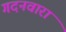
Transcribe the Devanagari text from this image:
गदनवारा